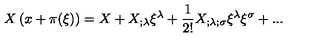
X \left( x + \pi ( \xi ) \right) = X + X _ { ; \lambda } \xi ^ { \lambda } + { \frac { 1 } { 2 ! } } X _ { ; \lambda ; \sigma } \xi ^ { \lambda } \xi ^ { \sigma } + . . .